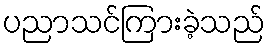
ပညာသင်ကြားခဲ့သည်